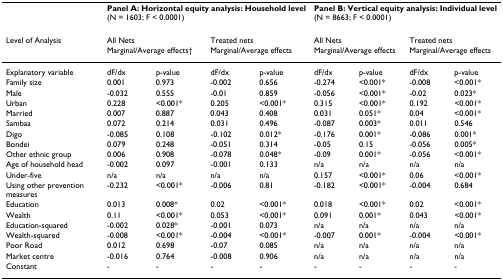
<table><thead><tr><td></td><td colspan="4"><b>Panel A: Horizontal equity analysis: Household level(N = 1603; F &lt; 0.0001)</b></td><td colspan="4"><b>Panel B: Vertical equity analysis: Individual level(N = 8663; F &lt; 0.0001)</b></td></tr><tr><td><b>Level of Analysis</b></td><td colspan="2"><b>All Nets</b></td><td colspan="2"><b>Treated nets</b></td><td colspan="2"><b>All Nets</b></td><td colspan="2"><b>Treated nets</b></td></tr><tr><td></td><td colspan="2"><b>Marginal/Average effects†</b></td><td colspan="2"><b>Marginal/Average effects</b></td><td colspan="2"><b>Marginal/Average effects</b></td><td colspan="2"><b>Marginal/Average effects</b></td></tr></thead><tbody><tr><td>Explanatory variable</td><td>dF/dx</td><td>p-value</td><td>dF/dx</td><td>p-value</td><td>dF/dx</td><td>p-value</td><td>dF/dx</td><td>p-value</td></tr><tr><td>Family size</td><td>0.001</td><td>0.973</td><td>-0.002</td><td>0.656</td><td>-0.274</td><td>&lt;0.001*</td><td>-0.008</td><td>&lt;0.001*</td></tr><tr><td>Male</td><td>-0.032</td><td>0.555</td><td>-0.01</td><td>0.859</td><td>-0.056</td><td>&lt;0.001*</td><td>-0.02</td><td>0.023*</td></tr><tr><td>Urban</td><td>0.228</td><td>&lt;0.001*</td><td>0.205</td><td>&lt;0.001*</td><td>0.315</td><td>&lt;0.001*</td><td>0.192</td><td>&lt;0.001*</td></tr><tr><td>Married</td><td>0.007</td><td>0.887</td><td>0.043</td><td>0.408</td><td>0.031</td><td>0.051*</td><td>0.04</td><td>&lt;0.001*</td></tr><tr><td>Sambaa</td><td>0.072</td><td>0.214</td><td>0.031</td><td>0.496</td><td>-0.087</td><td>0.003*</td><td>0.011</td><td>0.546</td></tr><tr><td>Digo</td><td>-0.085</td><td>0.108</td><td>-0.102</td><td>0.012*</td><td>-0.176</td><td>0.001*</td><td>-0.086</td><td>0.001*</td></tr><tr><td>Bondei</td><td>0.079</td><td>0.248</td><td>-0.051</td><td>0.314</td><td>-0.05</td><td>0.15</td><td>-0.056</td><td>0.005*</td></tr><tr><td>Other ethnic group</td><td>0.006</td><td>0.908</td><td>-0.078</td><td>0.048*</td><td>-0.09</td><td>0.001*</td><td>-0.056</td><td>&lt;0.001*</td></tr><tr><td>Age of household head</td><td>-0.002</td><td>0.097</td><td>-0.001</td><td>0.133</td><td>n/a</td><td>n/a</td><td>n/a</td><td>n/a</td></tr><tr><td>Under-five</td><td>n/a</td><td>n/a</td><td>n/a</td><td>n/a</td><td>0.157</td><td>&lt;0.001*</td><td>0.06</td><td>&lt;0.001*</td></tr><tr><td>Using other prevention measures</td><td>-0.232</td><td>&lt;0.001*</td><td>-0.006</td><td>0.81</td><td>-0.182</td><td>&lt;0.001*</td><td>-0.004</td><td>0.684</td></tr><tr><td>Education</td><td>0.013</td><td>0.008*</td><td>0.02</td><td>&lt;0.001*</td><td>0.018</td><td>&lt;0.001*</td><td>0.02</td><td>&lt;0.001*</td></tr><tr><td>Wealth</td><td>0.11</td><td>&lt;0.001*</td><td>0.053</td><td>&lt;0.001*</td><td>0.091</td><td>0.001*</td><td>0.043</td><td>&lt;0.001*</td></tr><tr><td>Education-squared</td><td>-0.002</td><td>0.028*</td><td>-0.001</td><td>0.073</td><td>n/a</td><td>n/a</td><td>n/a</td><td>n/a</td></tr><tr><td>Wealth-squared</td><td>-0.008</td><td>&lt;0.001*</td><td>-0.004</td><td>&lt;0.001*</td><td>-0.007</td><td>0.001*</td><td>-0.004</td><td>&lt;0.001*</td></tr><tr><td>Poor Road</td><td>0.012</td><td>0.698</td><td>-0.07</td><td>0.085</td><td>n/a</td><td>n/a</td><td>n/a</td><td>n/a</td></tr><tr><td>Market centre</td><td>-0.016</td><td>0.764</td><td>-0.008</td><td>0.906</td><td>n/a</td><td>n/a</td><td>n/a</td><td>n/a</td></tr><tr><td>Constant</td><td>-</td><td>-</td><td>-</td><td>-</td><td>-</td><td>-</td><td>-</td><td>-</td></tr></tbody></table>